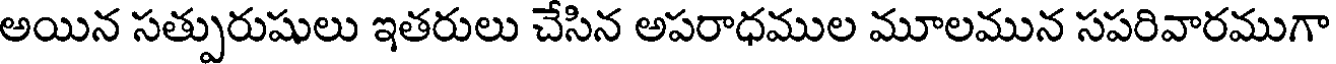
అయిన సత్పురుషులు ఇతరులు చేసిన అపరాధముల మూలమున సపరివారముగా